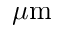
\mu \mathrm { m }